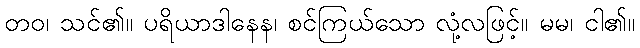
တဝ၊ သင်၏။ ပရိယာဒါနေန၊ စင်ကြယ်သော လုံ့လဖြင့်။ မမ၊ ငါ၏။